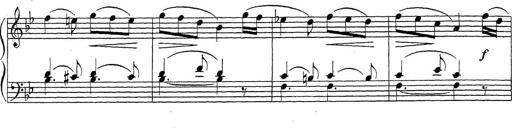
Title: ÄŒeskÃ© Sonatiny
Composer: Various